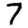
Digit: 7